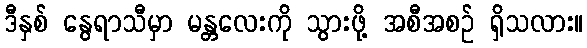
ဒီနှစ် နွေရာသီမှာ မန္တလေးကို သွားဖို့ အစီအစဉ် ရှိသလား။